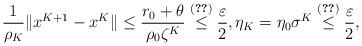
LaTeX: \begin{align*}\frac{1}{\rho_K}\|x^{K+1}-x^K\| \leq \frac{r_0+\theta}{\rho_0\zeta^K} \overset{\eqref{K-sp}}{\leq} \frac{\varepsilon}{2}, \eta_K=\eta_0\sigma^K\overset{\eqref{K-sp}}{\leq}\frac{\varepsilon}{2},\end{align*}